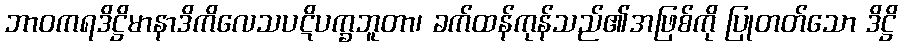
ဘာဝကရဒိဋ္ဌိမာနာဒိကိလေသပဋိပက္ခဘူတာ၊ ခက်ထန်ကုန်သည်၏အဖြစ်ကို ပြုတတ်သော ဒိဋ္ဌိ